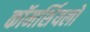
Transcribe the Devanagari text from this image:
कॉमर्शियलों